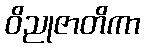
ဝိညုဇာတိကာ